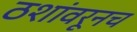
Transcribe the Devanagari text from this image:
ठशांवरूनच